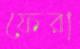
ফেরা